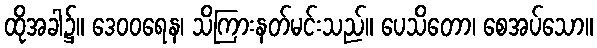
ထိုအခါ၌။ ဒေဝဝရေန၊ သိကြားနတ်မင်းသည်။ ပေသိတော၊ စေအပ်သော။